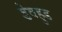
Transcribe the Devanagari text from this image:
डेवहुड